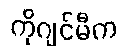
ကိုဂျင်မီက